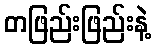
တဖြည်းဖြည်းနဲ့